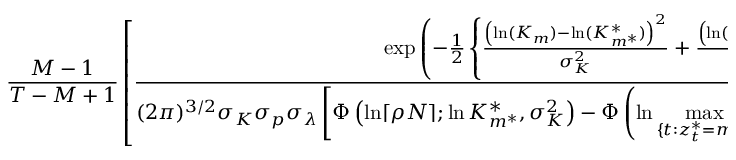
\frac { M - 1 } { T - M + 1 } \left[ \frac { \exp \left( - \frac { 1 } { 2 } \left\{ \frac { \left( \ln ( K _ { m } ) - \ln ( K _ { m ^ { * } } ^ { * } ) \right) ^ { 2 } } { \sigma _ { K } ^ { 2 } } + \frac { \left( \ln ( p _ { m } ) - \ln ( p _ { m ^ { * } } ^ { * } ) \right) ^ { 2 } } { \sigma _ { p } ^ { 2 } } + \frac { \left( \ln ( \lambda _ { m } ) - \ln ( \lambda _ { m ^ { * } } ^ { * } ) \right) ^ { 2 } } { \sigma _ { \lambda } ^ { 2 } } \right\} \right) } { ( 2 \pi ) ^ { 3 / 2 } \sigma _ { K } \sigma _ { p } \sigma _ { \lambda } \left[ \Phi \left( \ln \lceil \rho N \rceil ; \ln K _ { m ^ { * } } ^ { * } , \sigma _ { K } ^ { 2 } \right) - \Phi \left( \ln \underset { \{ t : z _ { t } ^ { * } = m ^ { * } \} } { \operatorname* { m a x } } C _ { t } ; \ln K _ { m ^ { * } } ^ { * } , \sigma _ { K } ^ { 2 } \right) \right] \left[ \Phi \left( 0 ; \ln p _ { m ^ { * } } ^ { * } , \sigma _ { p } ^ { 2 } \right) - \Phi \left( - \infty ; \ln p _ { m ^ { * } } ^ { * } , \sigma _ { p } ^ { 2 } \right) \right] } \right]